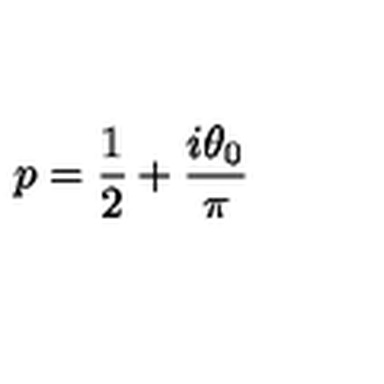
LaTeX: p = \frac 1 2 + \frac { i \theta _ { 0 } } \pi